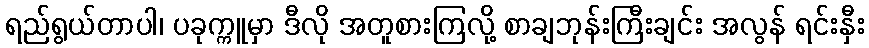
ရည်ရွယ်တာပါ၊ ပခုက္ကူမှာ ဒီလို အတူစားကြလို့ စာချဘုန်းကြီးချင်း အလွန် ရင်းနှီး